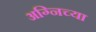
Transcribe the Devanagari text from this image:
अग्निच्या